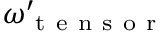
\omega _ { \mathrm { ~ t ~ e ~ n ~ s ~ o ~ r ~ } } ^ { \prime }